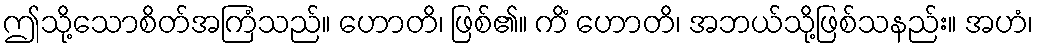
ဤသို့သောစိတ်အကြံသည်။ ဟောတိ၊ ဖြစ်၏။ ကိံ ဟောတိ၊ အဘယ်သို့ဖြစ်သနည်း။ အဟံ၊